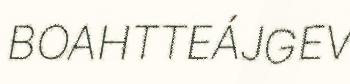
BOAHTTEÁJGEV